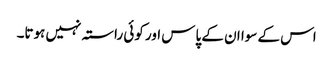
اس کے سوا ان کے پاس اور کوئی راستہ نہیں ہوتا۔